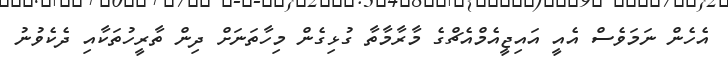
އެހެން ނަމަވެސް އެއީ އައިޖީއެމްއެޗްގެ މާރާމާތާ ގުޅިގެން މިހާތަނަށް ދިން ތާރީހުތަކާއި ދެކެވުނު